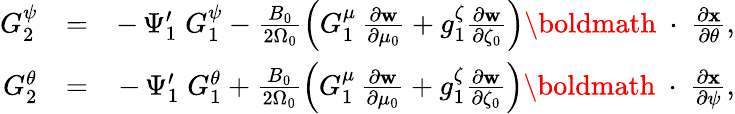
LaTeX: \begin{array}{rlr}{G_{2}^{\psi}}&{=}&{-\, \Psi_{1}^{\prime}\; G_{1}^{\psi}-\frac{B_{0}}{2\Omega_{0}}\left(G_{1}^{\mu}\, \frac{\partial\mathbf w}{\partial\mu_{0}}+g_{1}^{\zeta}\frac{\partial\mathbf w}{\partial\zeta_{0}}\right)\mathrm{\boldmath~\cdot~}\frac{\partial\mathbf x}{\partial\theta},}\\ {G_{2}^{\theta}}&{=}&{-\, \Psi_{1}^{\prime}\; G_{1}^{\theta}+\frac{B_{0}}{2\Omega_{0}}\left(G_{1}^{\mu}\, \frac{\partial\mathbf w}{\partial\mu_{0}}+g_{1}^{\zeta}\frac{\partial\mathbf w}{\partial\zeta_{0}}\right)\mathrm{\boldmath~\cdot~}\frac{\partial\mathbf x}{\partial\psi},}\end{array}